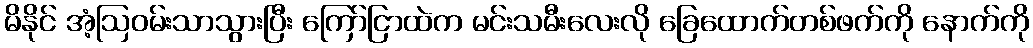
မိနိုင် အံ့ဩဝမ်းသာသွားပြီး ကြော်ငြာထဲက မင်းသမီးလေးလို ခြေထောက်တစ်ဖက်ကို နောက်ကို